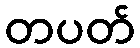
တပတ်